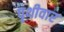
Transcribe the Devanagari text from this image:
पृथीवार